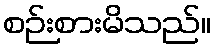
စဉ်းစားမိသည်။